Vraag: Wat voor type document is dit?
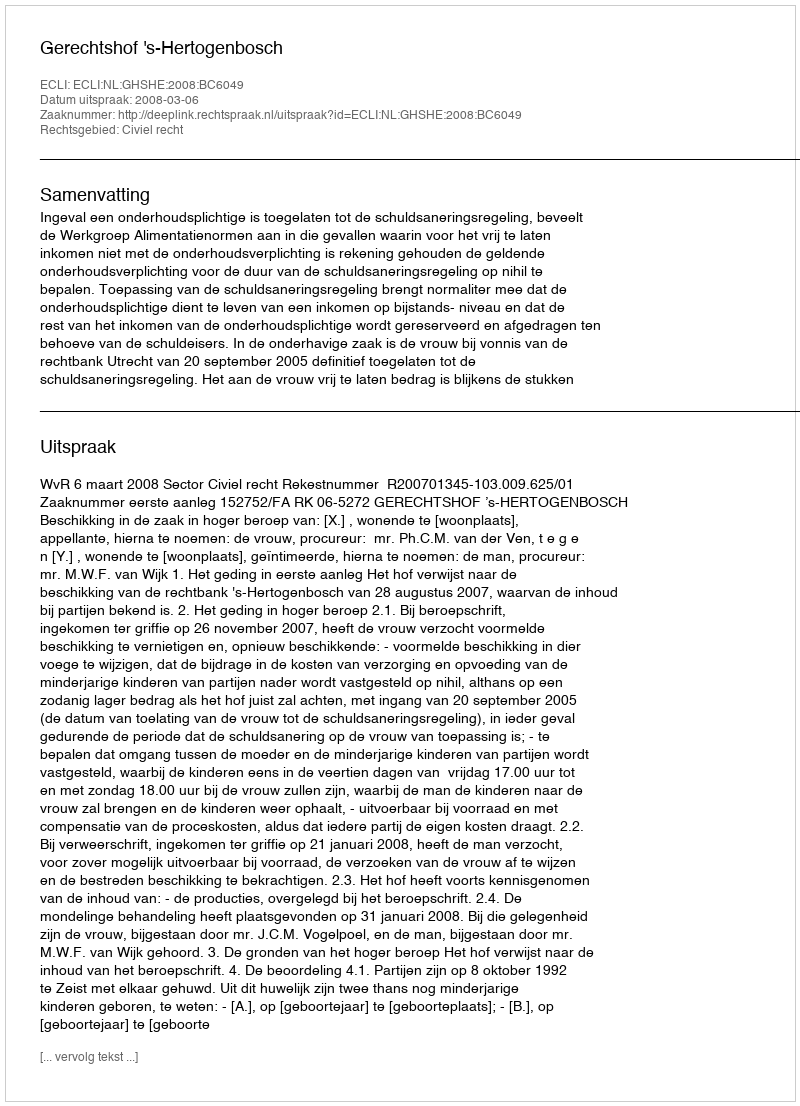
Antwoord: Uitspraak